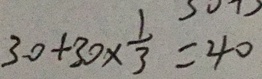
3 0 + 3 0 \times \frac { 1 } { 3 } = 4 0